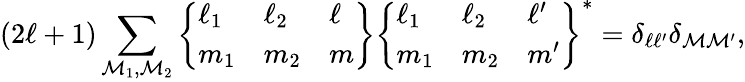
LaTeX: (2\ell+1)\sum_{\mathcal{M}_{1},\mathcal{M}_{2}}\left\{ \begin{array}{lll}{\ell_{1}}&{\ell_{2}}&{\ell}\\ {m_{1}}&{m_{2}}&{m}\end{array}\right\} \left\{ \begin{array}{lll}{\ell_{1}}&{\ell_{2}}&{\ell^{\prime}}\\ {m_{1}}&{m_{2}}&{m^{\prime}}\end{array}\right\} ^{\ast}=\delta_{\ell\ell^{\prime}}\delta_{\mathcal{M}\mathcal{M}^{\prime}},